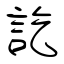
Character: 訖